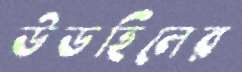
উডহিলের